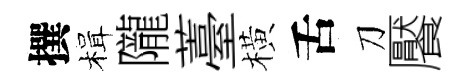
撰楫隴薹橫舌刀饜